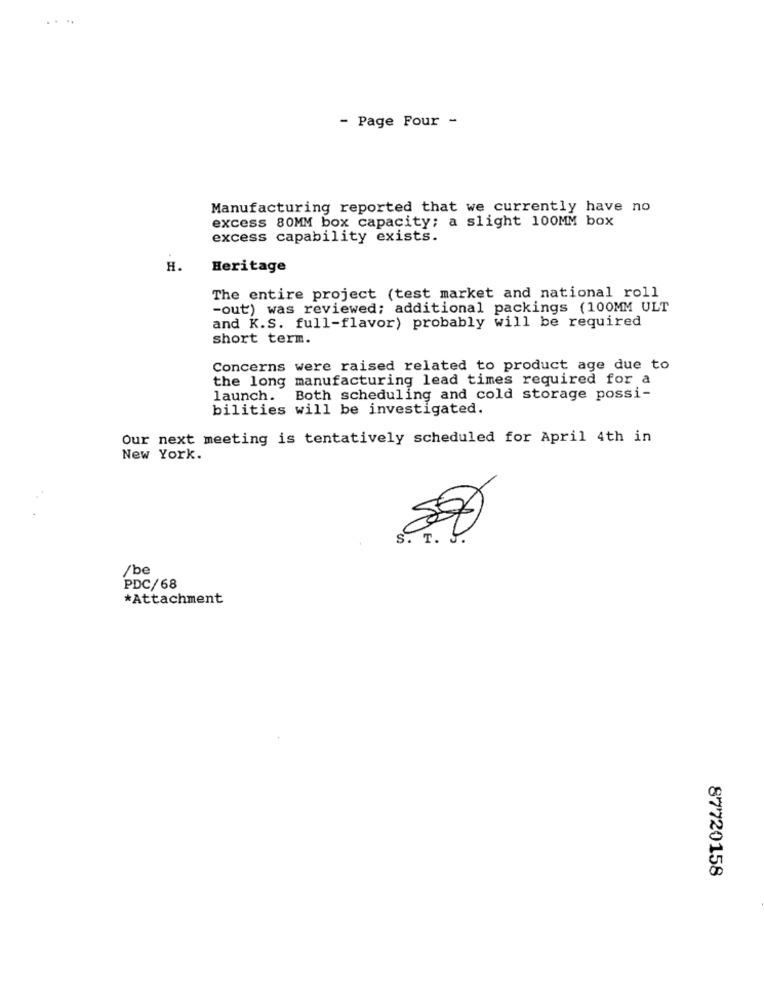
....
- Page Four -
Manufacturing reported that we currently have no
excess 80MM box capacity; a slight 100MM box
excess capability exists.
H.
Heritage
The entire project (test market and national roll
-out) was reviewed; additional packings (100MM ULT
and K.S. full-flavor) probably will be required
short term.
Concerns were raised related to product age due to
the long manufacturing lead times required for a
launch.
Both scheduling and cold storage possi-
bilities will be investigated.
Our next meeting is tentatively scheduled for April 4th in
New York.
S. T. J.
/be
PDC/68
*Attachment
87720158